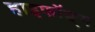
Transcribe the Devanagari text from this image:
हाइफॉङ्ग